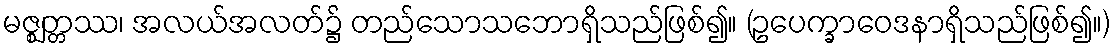
မဇ္ဈတ္တဿ၊ အလယ်အလတ်၌ တည်သောသဘောရှိသည်ဖြစ်၍။ (ဥပေက္ခာဝေဒနာရှိသည်ဖြစ်၍။)